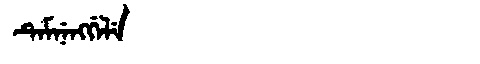
Manchu: ᡨᡝᠮᠨᡝᠩᡤᡝᠯᡝ
Romanization: TEMNENGGELE